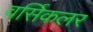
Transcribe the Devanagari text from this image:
वर्सिकलर